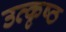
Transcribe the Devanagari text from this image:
उत्‍कृष्ठ